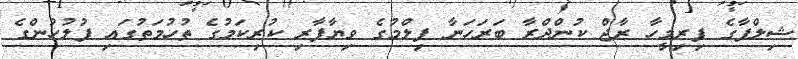
ޝިލްޕާގެ ފިރިމީހާ ރާޖް ކުންދްރާ ބަރަހަނާ ފިލްމުގެ ވިޔާފާރި ކުރިކަމުގެ ތުހުމަތުގައި ފުލުހުންގެ